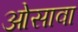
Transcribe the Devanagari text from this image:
ओसावा